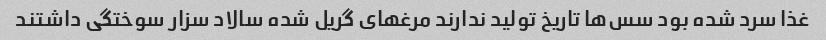
غذا سرد شده بود سس‌ها تاریخ تولید ندارند مرغهای گریل شده سالاد سزار سوختگی داشتند